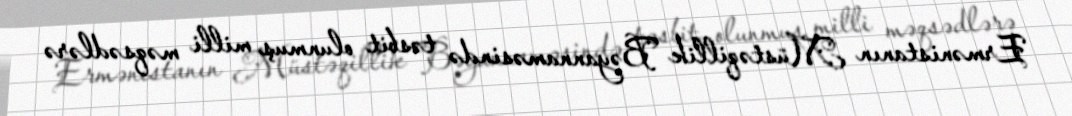
Ermənistanın Müstəqillik Bəyannaməsində təsbit olunmuş milli məqsədlərə